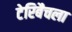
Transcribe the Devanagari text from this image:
टेरिबैचला